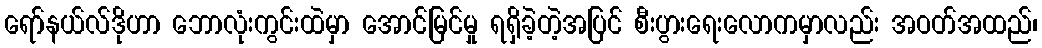
ရော်နယ်လ်ဒိုဟာ ဘောလုံးကွင်းထဲမှာ အောင်မြင်မှု ရရှိခဲ့တဲ့အပြင် စီးပွားရေးလောကမှာလည်း အဝတ်အထည်၊